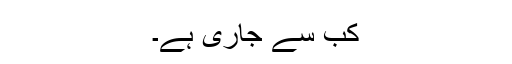
کب سے جاری ہے۔